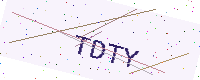
Text: TDTY